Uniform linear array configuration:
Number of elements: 32
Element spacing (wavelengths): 1
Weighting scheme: blackman
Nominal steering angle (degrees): -15
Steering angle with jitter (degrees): -13.821
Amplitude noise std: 0.05
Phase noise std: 0.05

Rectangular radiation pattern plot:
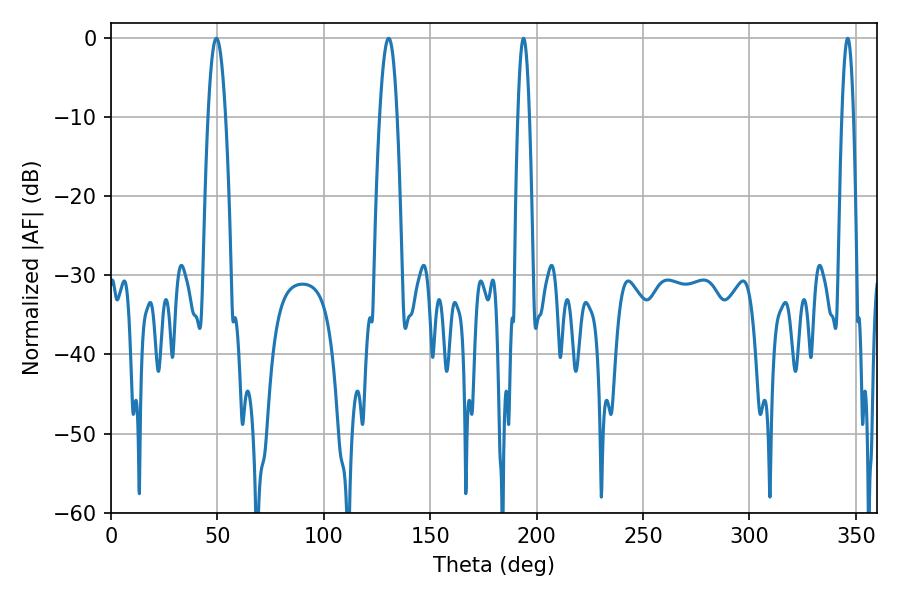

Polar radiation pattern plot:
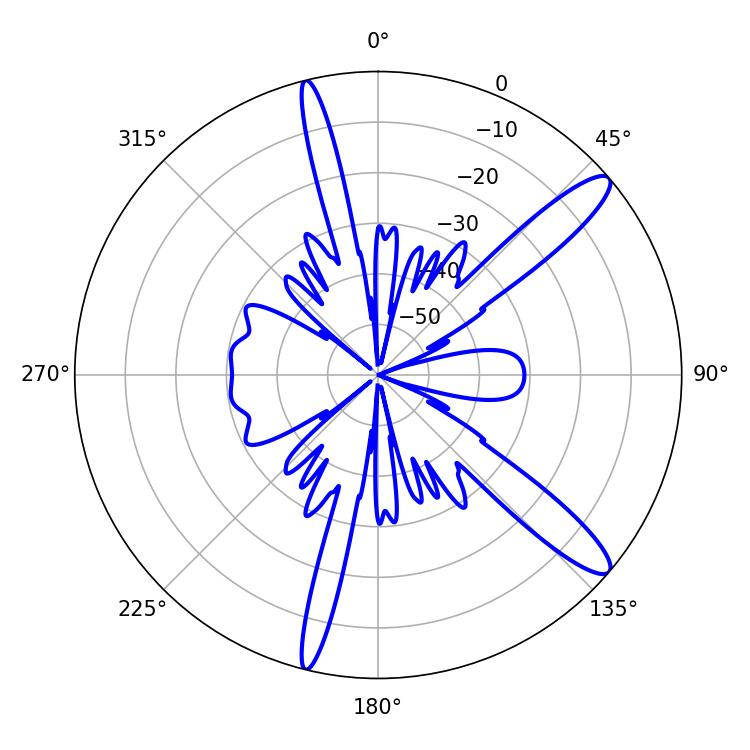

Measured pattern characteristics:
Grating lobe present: TRUE
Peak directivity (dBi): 12.897
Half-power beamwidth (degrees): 2.88
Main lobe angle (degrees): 193.86